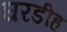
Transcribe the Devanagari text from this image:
घरडीह